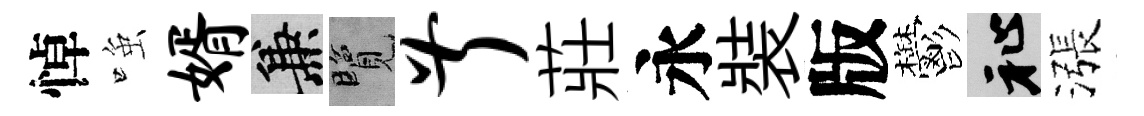
悼𫪻婿兼覽叔莊永裝版鬱祉漲